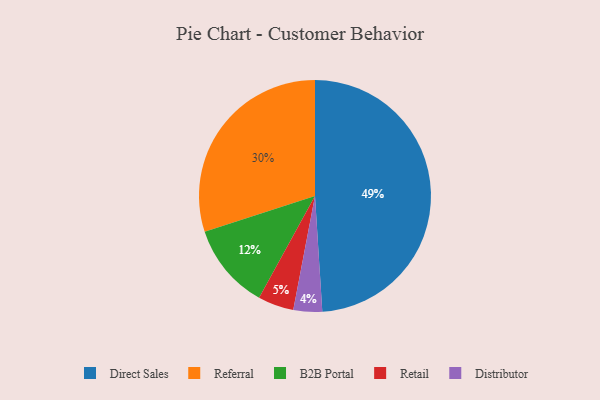
{"axis": {"x": "Category", "y": "Percentage"}, "legend": ["B2B Portal", "Direct Sales", "Distributor", "Referral", "Retail"], "data": [{"x": "B2B Portal", "y": 12, "type": "B2B Portal"}, {"x": "Distributor", "y": 4, "type": "Distributor"}, {"x": "Direct Sales", "y": 49, "type": "Direct Sales"}, {"x": "Referral", "y": 30, "type": "Referral"}, {"x": "Retail", "y": 5, "type": "Retail"}]}